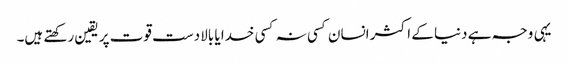
یہی وجہ ہے دنیا کے اکثر انسان کسی نہ کسی خدا یا بالادست قوت پر یقین رکھتے ہیں۔